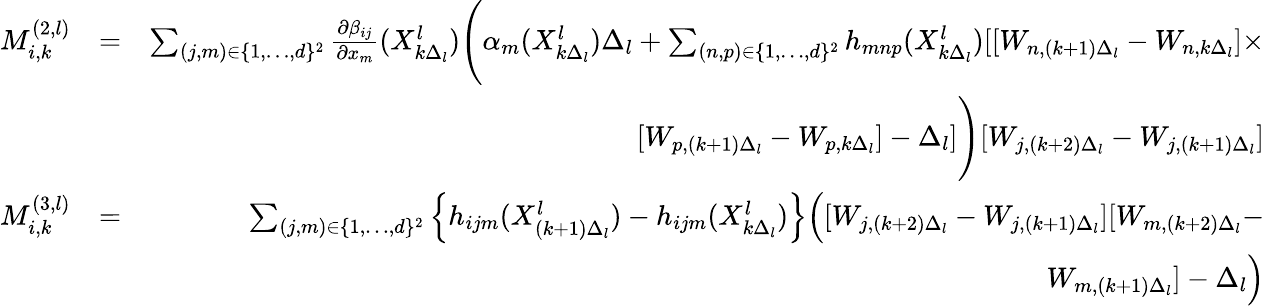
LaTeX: \begin{array}{rlr}{M_{i,k}^{(2,l)}}&{=}&{\sum_{(j,m)\in\{ 1,\dots,d\} ^{2}}\frac{\partial\beta_{ij}}{\partial x_{m}}(X_{k\Delta_{l}}^{l})\Bigg(\alpha_{m}(X_{k\Delta_{l}}^{l})\Delta_{l}+\sum_{(n,p)\in\{ 1,\dots,d\} ^{2}}h_{mnp}(X_{k\Delta_{l}}^{l})[[W_{n,(k+1)\Delta_{l}}-W_{n,k\Delta_{l}}]\times}\\ &{}&{[W_{p,(k+1)\Delta_{l}}-W_{p,k\Delta_{l}}]-\Delta_{l}]\Bigg)[W_{j,(k+2)\Delta_{l}}-W_{j,(k+1)\Delta_{l}}]}\\ {M_{i,k}^{(3,l)}}&{=}&{\sum_{(j,m)\in\{ 1,\dots,d\} ^{2}}\left\{ h_{ijm}(X_{(k+1)\Delta_{l}}^{l})-h_{ijm}(X_{k\Delta_{l}}^{l})\right\} \Big([W_{j,(k+2)\Delta_{l}}-W_{j,(k+1)\Delta_{l}}][W_{m,(k+2)\Delta_{l}}-}\\ &{}&{W_{m,(k+1)\Delta_{l}}]-\Delta_{l}\Big)}\end{array}